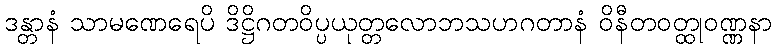
ဒန္တာနံ သာမဏေရေပိ ဒိဋ္ဌိဂတဝိပ္ပယုတ္တလောဘသဟဂတာနံ ဝိနီတဝတ္ထုဝဏ္ဏနာ